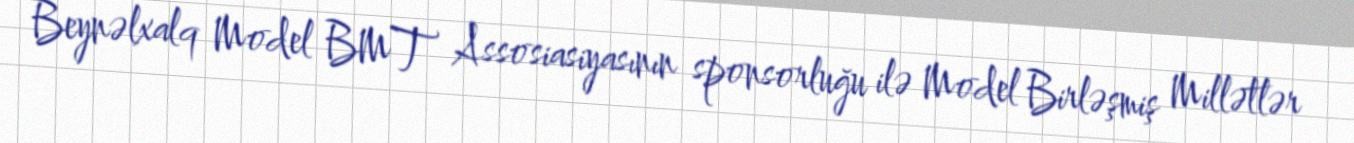
Beynəlxalq Model BMT Assosiasiyasının sponsorluğu ilə Model Birləşmiş Millətlər